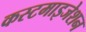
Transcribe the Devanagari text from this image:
कस्टमाइजेशन